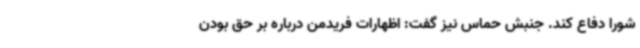
شورا دفاع کند. جنبش حماس نیز گفت: اظهارات فریدمن درباره بر حق بودن